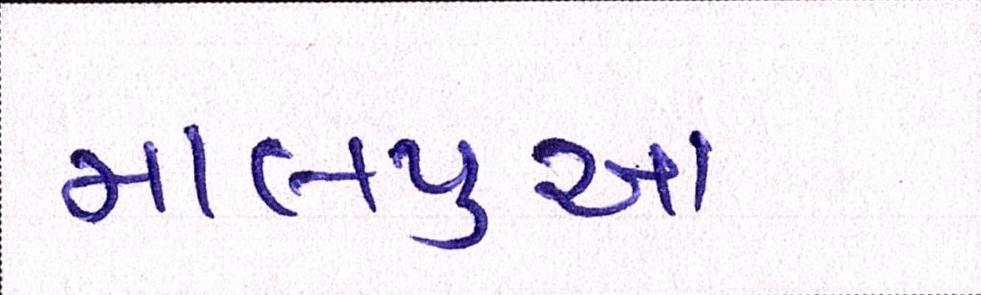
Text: માલપુઆ